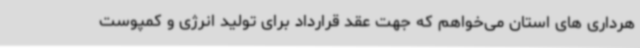
هرداری های استان می‌خواهم که جهت عقد قرارداد برای تولید انرژی و کمپوست